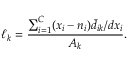
\ell _ { k } = \frac { \sum _ { i = 1 } ^ { C } ( x _ { i } - n _ { i } ) \bar { d } _ { i k } / d x _ { i } } { A _ { k } } .